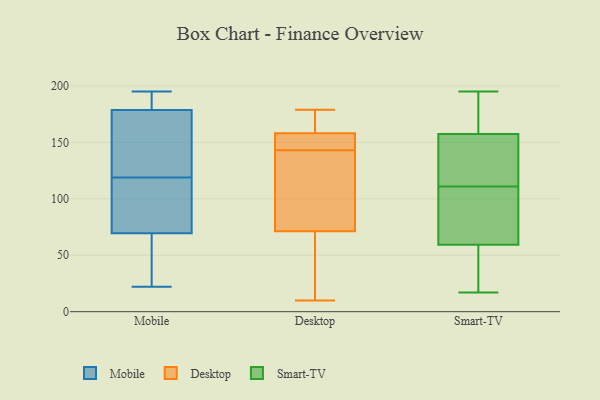
{"axis": {"x": "Demand Index", "y": "Value"}, "legend": ["Desktop", "Mobile", "Smart-TV"], "data": [{"x": "", "y": 72, "type": "Mobile"}, {"x": "", "y": 184, "type": "Mobile"}, {"x": "", "y": 22, "type": "Mobile"}, {"x": "", "y": 195, "type": "Mobile"}, {"x": "", "y": 36, "type": "Mobile"}, {"x": "", "y": 114, "type": "Mobile"}, {"x": "", "y": 177, "type": "Mobile"}, {"x": "", "y": 188, "type": "Mobile"}, {"x": "", "y": 169, "type": "Mobile"}, {"x": "", "y": 140, "type": "Mobile"}, {"x": "", "y": 88, "type": "Mobile"}, {"x": "", "y": 119, "type": "Mobile"}, {"x": "", "y": 62, "type": "Mobile"}, {"x": "", "y": 45, "type": "Mobile"}, {"x": "", "y": 150, "type": "Mobile"}, {"x": "", "y": 187, "type": "Mobile"}, {"x": "", "y": 73, "type": "Mobile"}, {"x": "", "y": 177, "type": "Desktop"}, {"x": "", "y": 65, "type": "Desktop"}, {"x": "", "y": 78, "type": "Desktop"}, {"x": "", "y": 136, "type": "Desktop"}, {"x": "", "y": 155, "type": "Desktop"}, {"x": "", "y": 159, "type": "Desktop"}, {"x": "", "y": 149, "type": "Desktop"}, {"x": "", "y": 179, "type": "Desktop"}, {"x": "", "y": 143, "type": "Desktop"}, {"x": "", "y": 10, "type": "Desktop"}, {"x": "", "y": 69, "type": "Desktop"}, {"x": "", "y": 25, "type": "Smart-TV"}, {"x": "", "y": 23, "type": "Smart-TV"}, {"x": "", "y": 171, "type": "Smart-TV"}, {"x": "", "y": 176, "type": "Smart-TV"}, {"x": "", "y": 48, "type": "Smart-TV"}, {"x": "", "y": 153, "type": "Smart-TV"}, {"x": "", "y": 122, "type": "Smart-TV"}, {"x": "", "y": 181, "type": "Smart-TV"}, {"x": "", "y": 101, "type": "Smart-TV"}, {"x": "", "y": 111, "type": "Smart-TV"}, {"x": "", "y": 63, "type": "Smart-TV"}, {"x": "", "y": 122, "type": "Smart-TV"}, {"x": "", "y": 195, "type": "Smart-TV"}, {"x": "", "y": 140, "type": "Smart-TV"}, {"x": "", "y": 17, "type": "Smart-TV"}, {"x": "", "y": 106, "type": "Smart-TV"}, {"x": "", "y": 110, "type": "Smart-TV"}]}